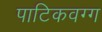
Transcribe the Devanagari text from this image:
पाटिकवग्ग